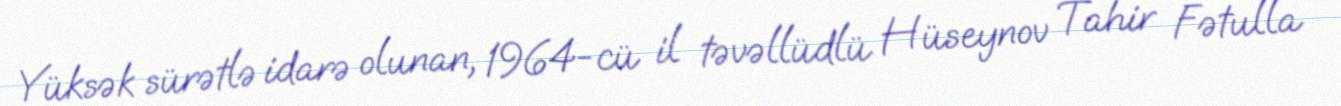
Yüksək sürətlə idarə olunan, 1964-cü il təvəllüdlü Hüseynov Tahir Fətulla